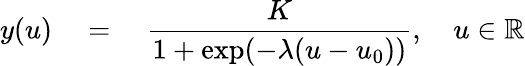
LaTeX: y(u)\quad=\quad\frac{K}{1+\exp(-\lambda(u-u_{0}))},\quad u\in\mathbb{R}